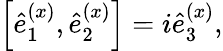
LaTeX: \begin{array}{r}{\left[\hat{e}_{1}^{(x)},\hat{e}_{2}^{(x)}\right]=i\hat{e}_{3}^{(x)},}\end{array}